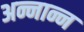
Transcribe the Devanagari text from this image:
अन्नान्न